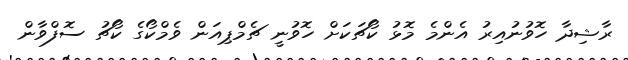
ރާޝިދާ ހޮވުނުއިރު އެންމެ މޮޅު ކޯޗަކަށް ހޮވުނީ ޗެމްޕިއަން ވެމްކޯގެ ކޯޗު ސޮފްވާން